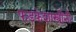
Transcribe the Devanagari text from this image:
फडकेशास्त्रींनी